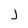
Character: j